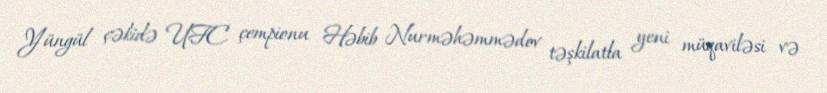
Yüngül çəkidə UFC çempionu Həbib Nurməhəmmədov təşkilatla yeni müqaviləsi və